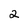
Character: 2